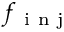
f _ { \mathrm { ~ i ~ n ~ j ~ } }